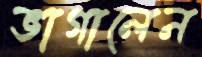
ভাগালেন